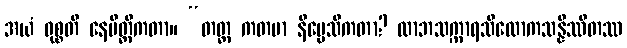
အယံ ဝုစ္စတိ နေမိတ္တိကတာ။ “တတ္ထ ကတမာ နိပ္ပေသိကတာ? လာဘသက္ကာရသိလောကသန္နိဿိတဿ